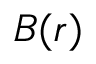
B ( r )